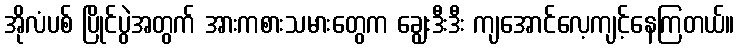
အိုလံပစ် ပြိုင်ပွဲအတွက် အားကစားသမားတွေက ချွေးဒီးဒီး ကျအောင်လေ့ကျင့်နေကြတယ်။